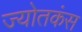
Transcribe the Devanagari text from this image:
ज्योतकंस